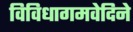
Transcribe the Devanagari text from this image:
विविधागमवेदिने